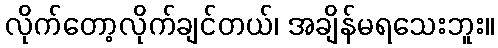
လိုက်တော့လိုက်ချင်တယ်၊ အချိန်မရသေးဘူး။